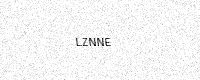
Text: LZNNE